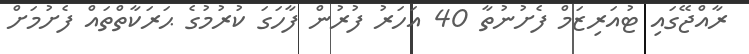
ރާއްޖޭގައި ޓުއަރިޒަމް ފެށުނުތާ 40 އަހަރު ފުރުން ފާހަގަ ކުރުމުގެ ޙަރަކާތްތައް ފެށުމަށް